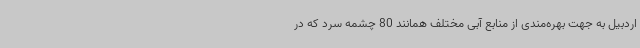
اردبیل به جهت بهره‌مندی از منابع آبی مختلف همانند 80 چشمه سرد که در